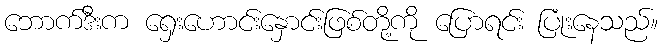
ဘောက်ဒီးက ရှေးဟောင်းနှောင်းဖြစ်တို့ကို ပြောရင်း ပြုံးနေသည်။